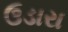
ઉડારા